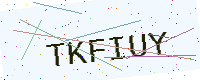
Text: TKFIUY